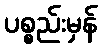
ပစ္စည်းမှန်